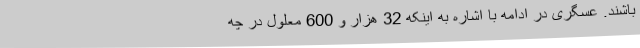
باشند. عسگری در ادامه با اشاره به اینکه 32 هزار و 600 معلول در چه